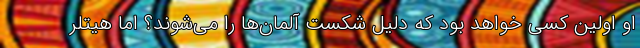
او اولین کسی خواهد بود که دلیل شکست آلمان‌ها را می‌شوند؟ اما هیتلر